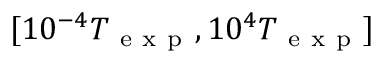
[ 1 0 ^ { - 4 } T _ { \mathrm { ~ e ~ x ~ p ~ } } , 1 0 ^ { 4 } T _ { \mathrm { ~ e ~ x ~ p ~ } } ]